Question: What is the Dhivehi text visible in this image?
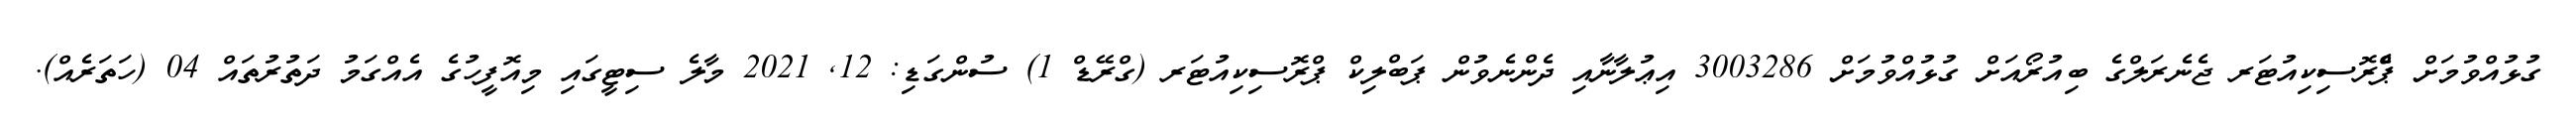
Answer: ގުޅުއްވުމަށް ޕްެރޮސިކިއުޓަރ ޖެނެރަލްގެ ބިއުރޯއަށް ގުޅުއްވުމަށް 3003286 އިޢުލާނާއި ދެންނެވުން ޕަބްލިކް ޕްރޮސިކިއުޓަރ (ގްރޭޑް 1) ސުންގަޑި: 12, 2021 މާލެ ސިޓީގައި މިއޮފީހުގެ އެއްގަމު ދަތުރުތައް 04 (ހަތަރެއް).